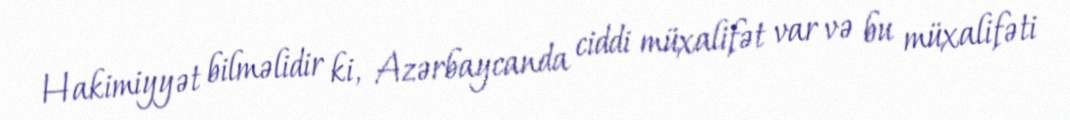
Hakimiyyət bilməlidir ki, Azərbaycanda ciddi müxalifət var və bu müxalifəti